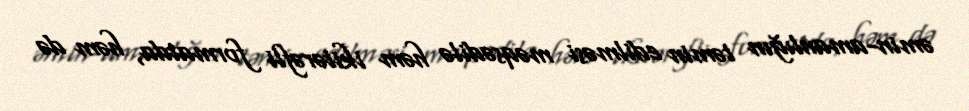
əmin-amanlığın təmin edilməsi məqsədilə həm ikitərəfli formatda, həm də